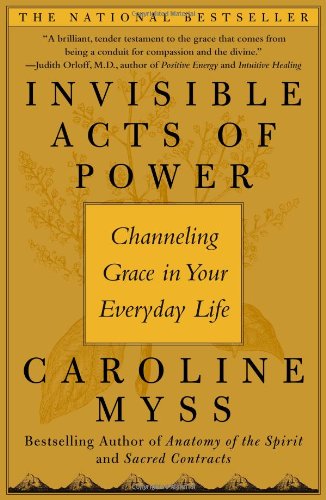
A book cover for Invisible Acts of Power: Channeling Grace in Your Everyday Life; Caroline Myss; Self-Help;